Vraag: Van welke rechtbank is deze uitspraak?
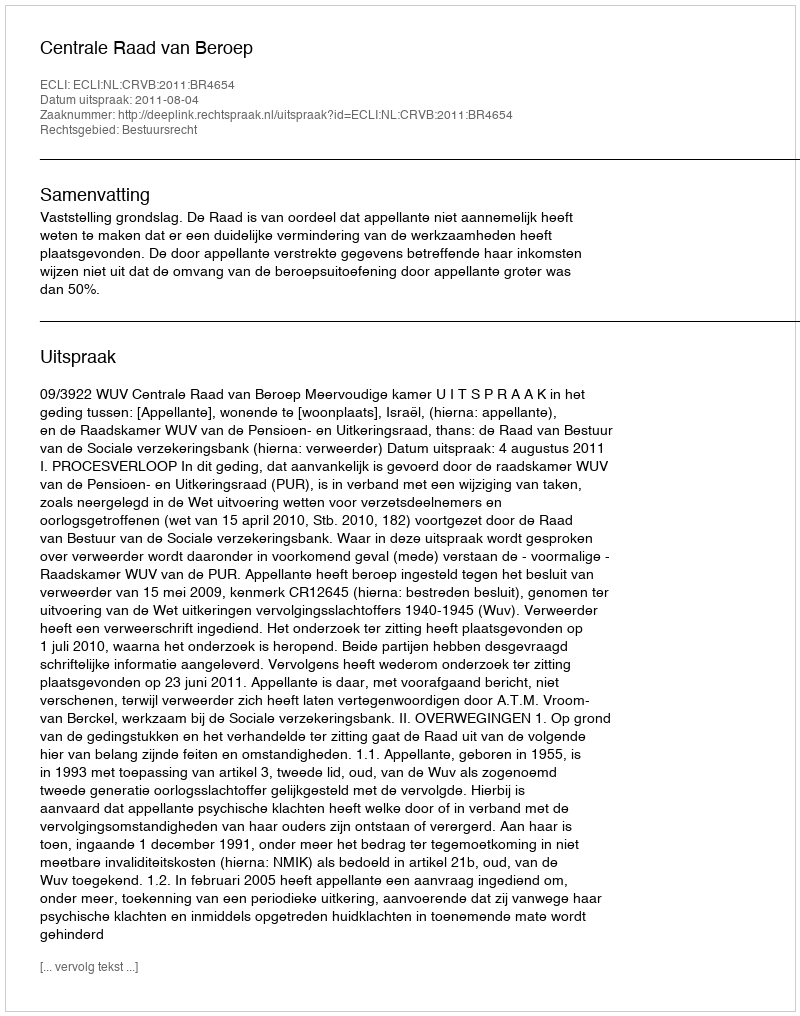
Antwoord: Centrale Raad van Beroep